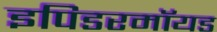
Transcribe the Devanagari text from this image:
इपिडरमॉयड